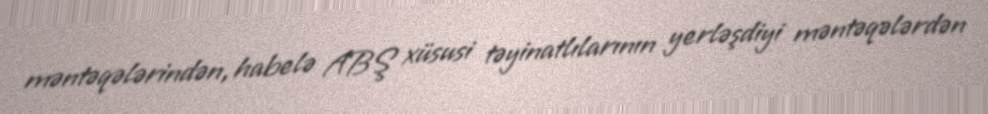
məntəqələrindən, habelə ABŞ xüsusi təyinatlılarının yerləşdiyi məntəqələrdən